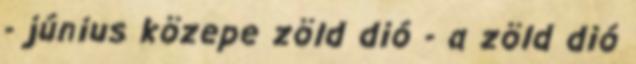
- június közepe zöld dió - a zöld dió